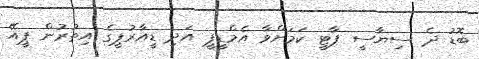
ބޮޑު ދެ ސިޔާސީ ޕާޓީ ކަމަށްވާ އެމްޑީޕީ އަދި ޑީއާރުޕީގެ އިތުރުން ޕީއޭ